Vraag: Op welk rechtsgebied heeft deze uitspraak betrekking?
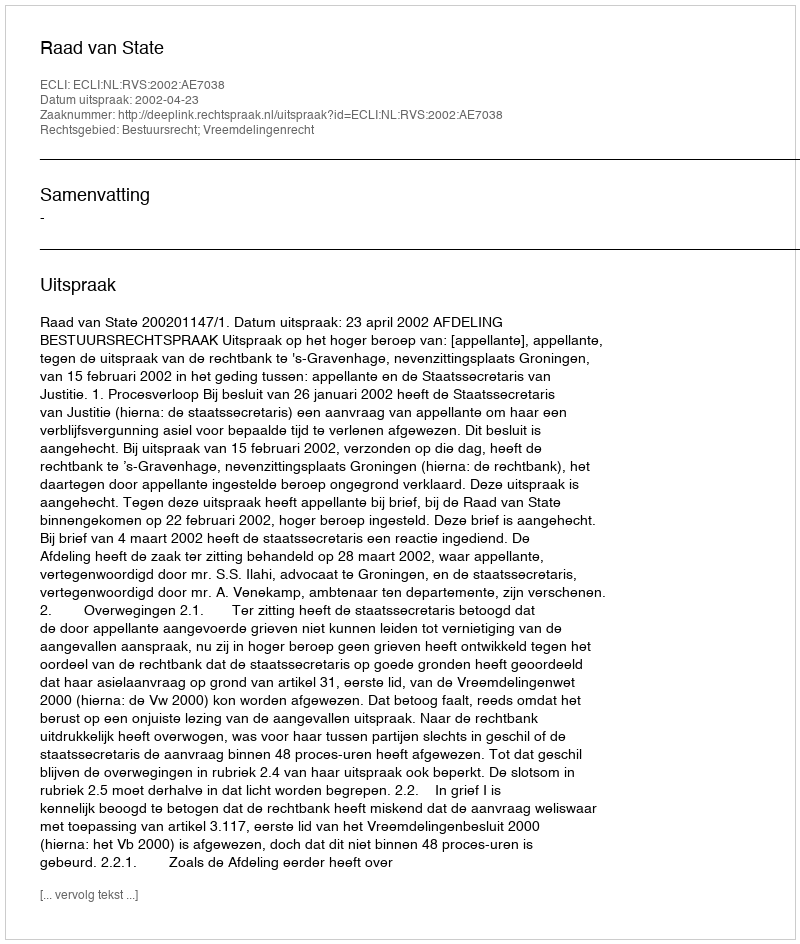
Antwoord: Bestuursrecht; Vreemdelingenrecht